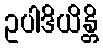
ဥပါဒိယိန္တိ